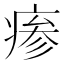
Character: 瘆